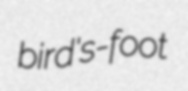
bird's-foot